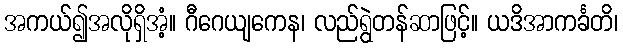
အကယ်၍အလိုရှိအံ့။ ဂီဂေယျကေန၊ လည်ရွဲတန်ဆာဖြင့်။ ယဒိအာကင်္ခတိ၊